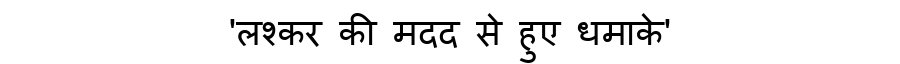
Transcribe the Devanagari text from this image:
'लश्कर की मदद से हुए धमाके'